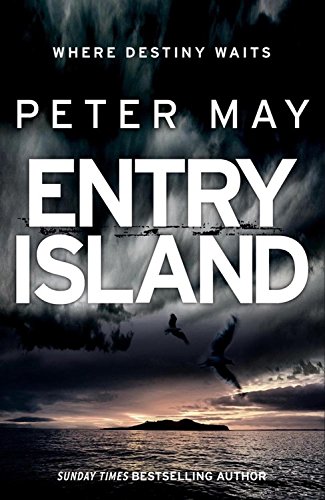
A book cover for Entry Island; Peter May; Mystery, Thriller & Suspense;